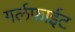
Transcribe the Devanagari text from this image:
गर्लफाईट